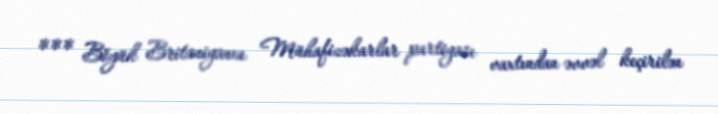
*** Böyük Britaniyanın Mühafizəkarlar partiyası vaxtından əvvəl keçirilən